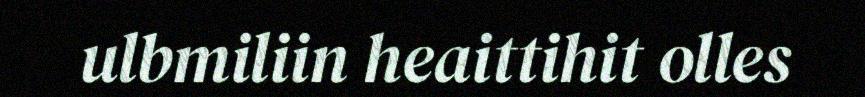
ulbmiliin heaittihit olles